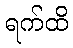
ရက်ထိ